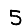
Digit: 5